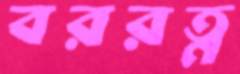
বররত্ন